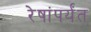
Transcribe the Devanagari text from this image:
रेषांपर्यंत